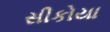
સીકોયા